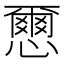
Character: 𢣭